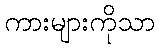
ကားများကိုသာ